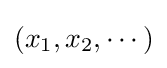
(x_{1},x_{2},\cdots )